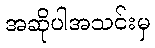
အဆိုပါအသင်းမှ